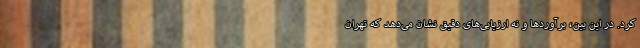
کرد. در این بین، برآوردها و نه ارزیابی‌های دقیق نشان می‌دهد که تهران